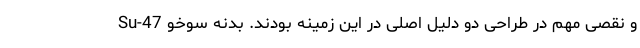
و نقصی مهم در طراحی دو دلیل اصلی در این زمینه بودند. بدنه سوخو Su-47